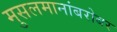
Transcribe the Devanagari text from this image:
मुसलमानांबरोबर